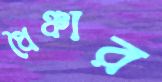
ধৈঞ্চার